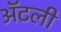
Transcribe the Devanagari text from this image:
अॅटली